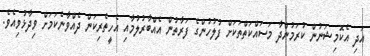
އަދި އެކޮމިޝަނުން ކުރަމުންދާ މަސައްކަތްތަކަށް ފުލުހުންގެ ފަރާތުން އެއްބާރުލުމާއި އެހީތެރިކަން ދެއްވާނެކަމަށް ވިދާޅުވިއެވެ.